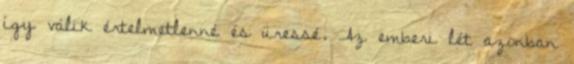
így válik értelmetlenné és üressé. Az emberi lét azonban